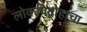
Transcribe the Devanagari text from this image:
लोकविद्रोहाचा